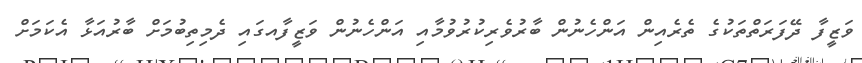
ވަޒީފާ ދޭފަރަތްތަކުގެ ތެރެއިން އަންހެނުން ބާރުވެރިކުރުވުމާއި އަންހެނުން ވަޒީފާއގައި ދެމިތިބުމަށް ބާރުއަޅާ އެކަމަށް